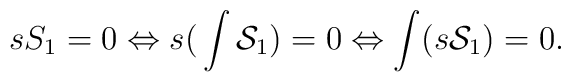
sS_1=0 \Leftrightarrow s\big(\int {\cal S}_1\big)=0\Leftrightarrow\int (s {\cal S}_1)=0.